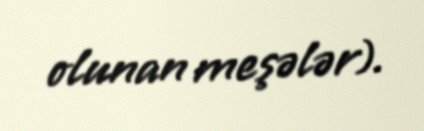
olunan meşələr).